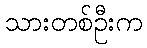
သားတစ်ဦးက